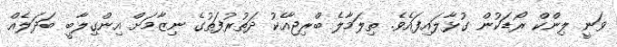
ވަނީ ލިންކް ރޯޑަކުން ގުޅާލައިފައެވެ. ތިލަމާލެ ބްރިޖާއެކު ދަތުރުފަތުގެ ނިޒާމަށް އިންގިލާބީ ބަދަލެއް